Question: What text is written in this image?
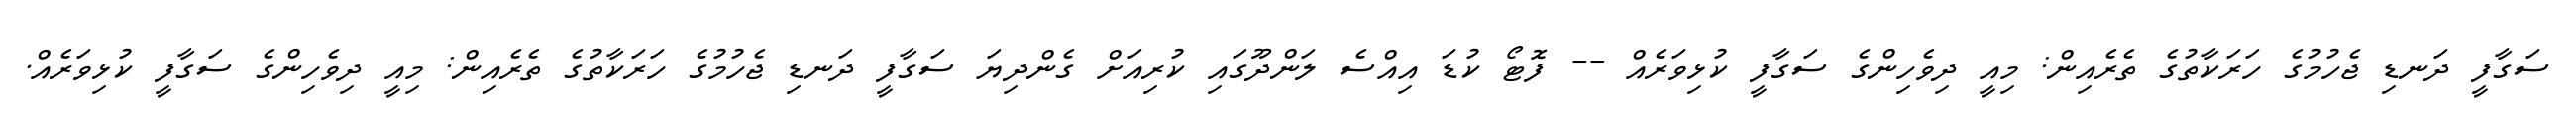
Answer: ސަގާފީ ދަނޑި ޖެހުމުގެ ހަރަކާތުގެ ތެރެއިން: މިއީ ދިވެހިންގެ ސަގާފީ ކުޅިވަރެއް -- ފޮޓޯ ކުޑަ އިއްސެ ލަންދޫގައި ކުރިއަށް ގެންދިޔަ ސަގާފީ ދަނޑި ޖެހުމުގެ ހަރަކާތުގެ ތެރެއިން: މިއީ ދިވެހިންގެ ސަގާފީ ކުޅިވަރެއް.